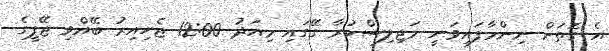
އެ ގޮތަށް ނިންމާފައިވަނީ މަޖިލިސްކުރާ ގޭގައި މިއަދު 12:00 ޖެހިއިރު ބޭއްވި ޖޭޕީގެ